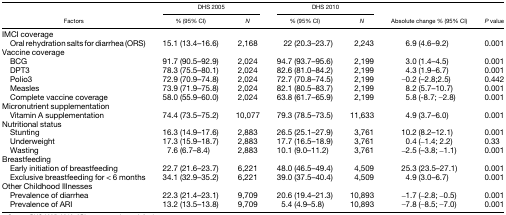
<table><thead><tr><td rowspan="2"><b>Factors</b></td><td colspan="2"><b>DHS 2005</b></td><td colspan="2"><b>DHS 2010</b></td><td rowspan="2"><b>Absolute change % (95% CI)</b></td><td rowspan="2"><b><i>P</i> value</b></td></tr><tr><td><b>% (95% CI)</b></td><td><b><i>N</i></b></td><td><b>% (95% CI)</b></td><td><b><i>N</i></b></td></tr></thead><tbody><tr><td colspan="7">IMCI coverage</td></tr><tr><td> Oral rehydration salts for diarrhea (ORS)</td><td>15.1 (13.4–16.6)</td><td>2,168</td><td>22 (20.3–23.7)</td><td>2,243</td><td>6.9 (4.6–9.2)</td><td>0.001</td></tr><tr><td colspan="7">Vaccine coverage</td></tr><tr><td> BCG</td><td>91.7 (90.5–92.9)</td><td>2,024</td><td>94.7 (93.7–95.6)</td><td>2,199</td><td>3.0 (1.4–4.5)</td><td>0.001</td></tr><tr><td> DPT3</td><td>78.3 (75.5–80.1)</td><td>2,024</td><td>82.6 (81.0–84.2)</td><td>2,199</td><td>4.3 (1.9–6.7)</td><td>0.001</td></tr><tr><td> Polio3</td><td>72.9 (70.9–74.8)</td><td>2,024</td><td>72.7 (70.8–74.5)</td><td>2,199</td><td>−0.2 (–2.8;2.5)</td><td>0.442</td></tr><tr><td> Measles</td><td>73.9 (71.9–75.8)</td><td>2,024</td><td>82.1 (80.5–83.7)</td><td>2,199</td><td>8.2 (5.7–10.7)</td><td>0.001</td></tr><tr><td> Complete vaccine coverage</td><td>58.0 (55.9–60.0)</td><td>2,024</td><td>63.8 (61.7–65.9)</td><td>2,199</td><td>5.8 (-8.7; −2.8)</td><td>0.001</td></tr><tr><td colspan="7">Micronutrient supplementation</td></tr><tr><td> Vitamin A supplementation</td><td>74.4 (73.5–75.2)</td><td>10,077</td><td>79.3 (78.5–73.5)</td><td>11,633</td><td>4.9 (3.7–6.0)</td><td>0.001</td></tr><tr><td colspan="7">Nutritional status</td></tr><tr><td> Stunting</td><td>16.3 (14.9–17.6)</td><td>2,883</td><td>26.5 (25.1–27.9)</td><td>3,761</td><td>10.2 (8.2–12.1)</td><td>0.001</td></tr><tr><td> Underweight</td><td>17.3 (15.9–18.7)</td><td>2,883</td><td>17.7 (16.5–18.9)</td><td>3,761</td><td>0.4 (−1.4; 2.2)</td><td>0.33</td></tr><tr><td> Wasting</td><td>7.6 (6.7–8.4)</td><td>2,883</td><td>10.1 (9.0–11.2)</td><td>3,761</td><td>−2.5 (–3.8; −1.1)</td><td>0.001</td></tr><tr><td colspan="7">Breastfeeding</td></tr><tr><td> Early initiation of breastfeeding</td><td>22.7 (21.6–23.7)</td><td>6,221</td><td>48.0 (46.5–49.4)</td><td>4,509</td><td>25.3 (23.5–27.1)</td><td>0.001</td></tr><tr><td> Exclusive breastfeeding for &lt; 6 months</td><td>34.1 (32.9–35.2)</td><td>6,221</td><td>39.0 (37.5–40.4)</td><td>4,509</td><td>4.9 (3.0–6.7)</td><td>0.001</td></tr><tr><td colspan="7">Other Childhood Illnesses</td></tr><tr><td> Prevalence of diarrhea</td><td>22.3 (21.4–23.1)</td><td>9,709</td><td>20.6 (19.4–21.3)</td><td>10,893</td><td>−1.7 (−2.8; −0.5)</td><td>0.001</td></tr><tr><td> Prevalence of ARI</td><td>13.2 (13.5–13.8)</td><td>9,709</td><td>5.4 (4.9–5.8)</td><td>10,893</td><td>−7.8 (−8.5; −7.0)</td><td>0.001</td></tr></tbody></table>